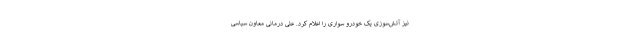
نیز آتش‌سوزی یک خودرو سواری را اعلام کرد. علی درمانی معاون سیاسی